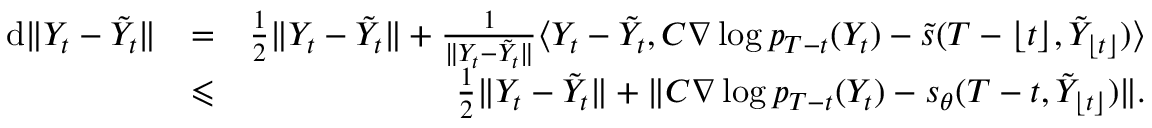
\begin{array} { r l r } { \mathrm { d } \| Y _ { t } - \tilde { Y } _ { t } \| } & { = } & { \frac { 1 } { 2 } \| Y _ { t } - \tilde { Y } _ { t } \| + \frac { 1 } { \| Y _ { t } - \tilde { Y } _ { t } \| } \langle Y _ { t } - \tilde { Y } _ { t } , C \nabla \log p _ { T - t } ( Y _ { t } ) - \tilde { s } ( T - \lfloor t \rfloor , \tilde { Y } _ { \lfloor t \rfloor } ) \rangle } \\ & { \leqslant } & { \frac { 1 } { 2 } \| Y _ { t } - \tilde { Y } _ { t } \| + \| C \nabla \log p _ { T - t } ( Y _ { t } ) - s _ { \theta } ( T - t , \tilde { Y } _ { \lfloor t \rfloor } ) \| . } \end{array}